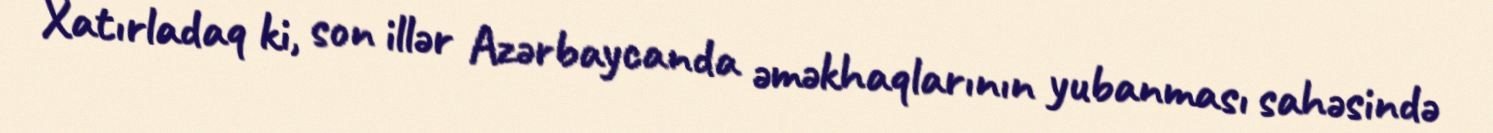
Xatırladaq ki, son illər Azərbaycanda əməkhaqlarının yubanması sahəsində